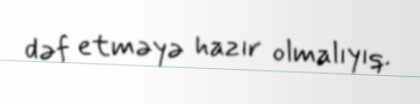
dəf etməyə hazır olmalıyıq.